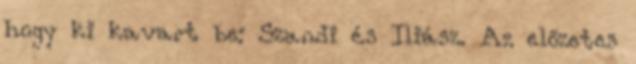
hogy ki kavart be: Szandi és Iliász. Az előzetes